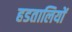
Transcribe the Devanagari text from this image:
हडतालियों